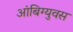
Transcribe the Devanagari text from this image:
आंबिग्युवस